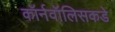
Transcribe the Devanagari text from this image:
कॉर्नवॉलिसकडे